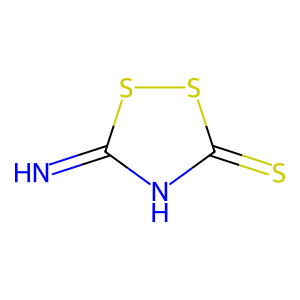
SMILES: N=c1[nH]c(=S)ss1
Inhibits HIV replication: No